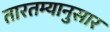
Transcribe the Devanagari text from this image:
तारतम्यानुसार